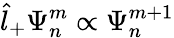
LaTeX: \hat{l}_{+}\Psi_{n}^{m}\propto\Psi_{n}^{m+1}